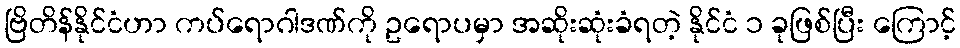
ဗြိတိန်နိုင်ငံဟာ ကပ်ရောဂါဒဏ်ကို ဥရောပမှာ အဆိုးဆုံးခံရတဲ့ နိုင်ငံ ၁ ခုဖြစ်ပြီး ကြောင့်